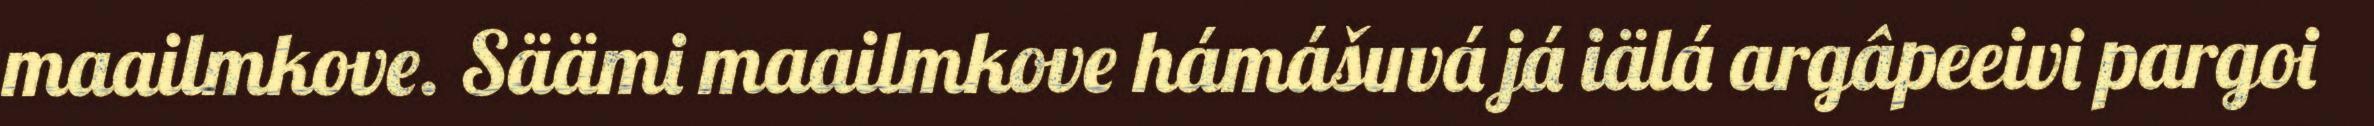
maailmkove. Säämi maailmkove hámášuvá já iälá argâpeeivi pargoi